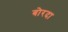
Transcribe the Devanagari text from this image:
बोरदा